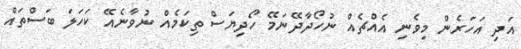
އަދި އަހަރެން މިވެނި އެއްޗެއް ނުހޯދާދޭނަމޭ ހޯދިޔަސް ތިކަމެއް ނުވާނެއޭ ކަހަލަ ބަސްތައް